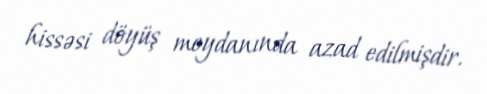
hissəsi döyüş meydanında azad edilmişdir.